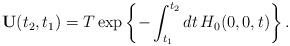
LaTeX: \begin{align*}\mathbf{U}(t_2,t_1)=T\exp \left\{ -\int_{t_1}^{t_2}dt\,H_0(0,0,t)\right\} .\end{align*}